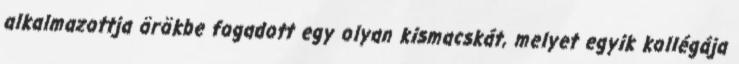
alkalmazottja örökbe fogadott egy olyan kismacskát, melyet egyik kollégája